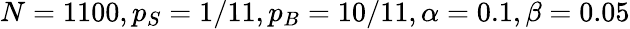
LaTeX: N=1100,p_{S}=1/11,p_{B}=10/11,\alpha=0.1,\beta=0.05